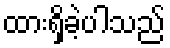
ထားရှိခဲ့ပါသည်